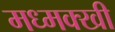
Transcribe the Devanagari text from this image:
मध्मक्खी